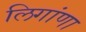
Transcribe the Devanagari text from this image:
लिगांणा